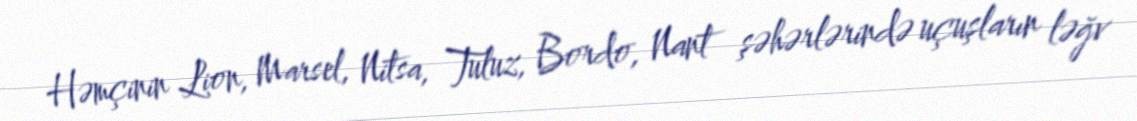
Həmçinin Lion, Marsel, Nitsa, Tuluz, Bordo, Nant şəhərlərində uçuşların ləğv